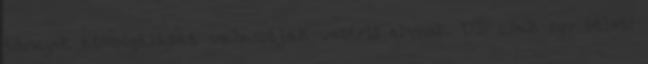
tömegek kiszolgálását választják vezérlő elvnek. UI: csak egy ötlet: